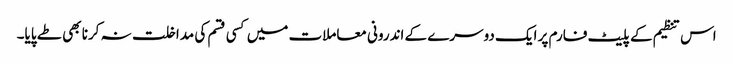
اس تنظیم کے پلیٹ فارم پر ایک دوسرے کے اندرونی معاملات میں کسی قسم کی مداخلت نہ کرنا بھی طے پایا۔